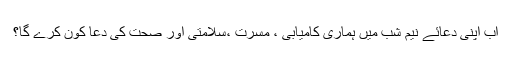
اب اپنی دعائے نیم شب میں ہماری کامیابی ، مسرت ،سلامتی اور صحت کی دعا کون کرے گا؟